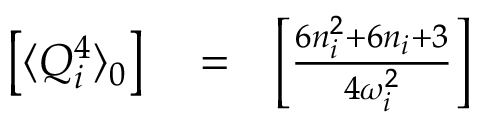
\begin{array} { r l r } { \left[ \langle Q _ { i } ^ { 4 } \rangle _ { 0 } \right] } & { { } = } & { \left[ \frac { 6 n _ { i } ^ { 2 } + 6 n _ { i } + 3 } { 4 \omega _ { i } ^ { 2 } } \right] } \end{array}